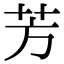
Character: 芳